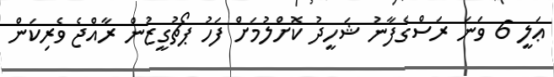
ޢަލީ 6 ވަނަ ރަސްގެފާނު ޝަހީދު ކޮށްލުމަށް ފަހު ޕޯޗުގީޒުން ރާއްޖެ ވެރިކަން